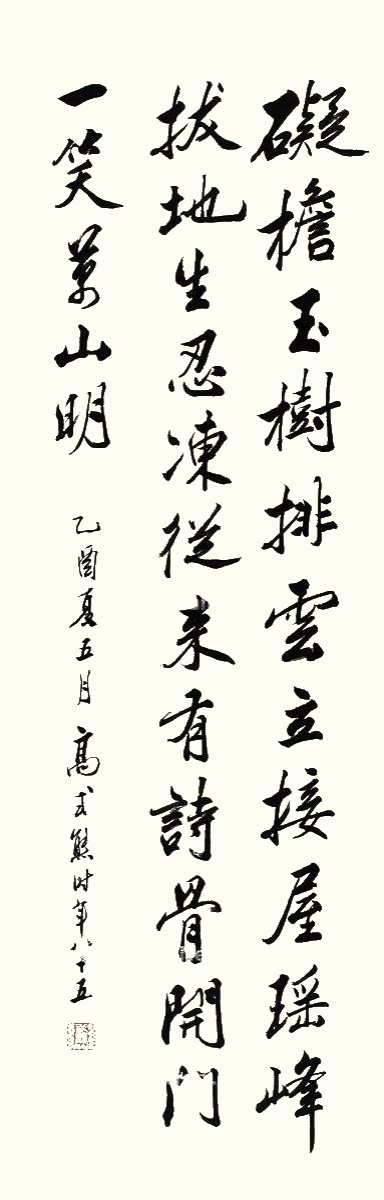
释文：碍檐玉树排云立，接屋瑶峰拔地生。忍冻从来有诗骨，开门一笑万山明。乙酉夏五月，高式熊时年八十五。